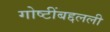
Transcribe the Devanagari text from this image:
गोष्टींबद्दलली